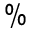
\%